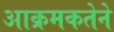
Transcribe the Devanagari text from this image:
आक्रमकतेने